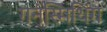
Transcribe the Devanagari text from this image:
गनस्मिथिंग